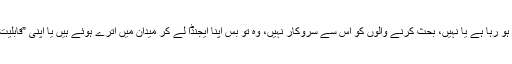
اس بحث کا ملک اور قوم کوئی فائدہ ہو رہا ہے یا نہیں، بحث کرنے والوں کو اس سے سروکار نہیں، وہ تو بس اپنا ایجنڈا لے کر میدان میں اترے ہوئے ہیں یا اپنی ”قابلیت اور علمیت“ کا زور دکھا رہے ہیں۔